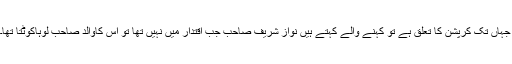
جہاں تک کرپشن کا تعلق ہے تو کہنے والے کہتے ہیں نواز شریف صاحب جب اقتدار میں نہیں تھا تو اس کاوالد صاحب لوہاکوٹتا تھا۔